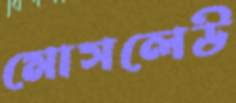
মোসলেউ